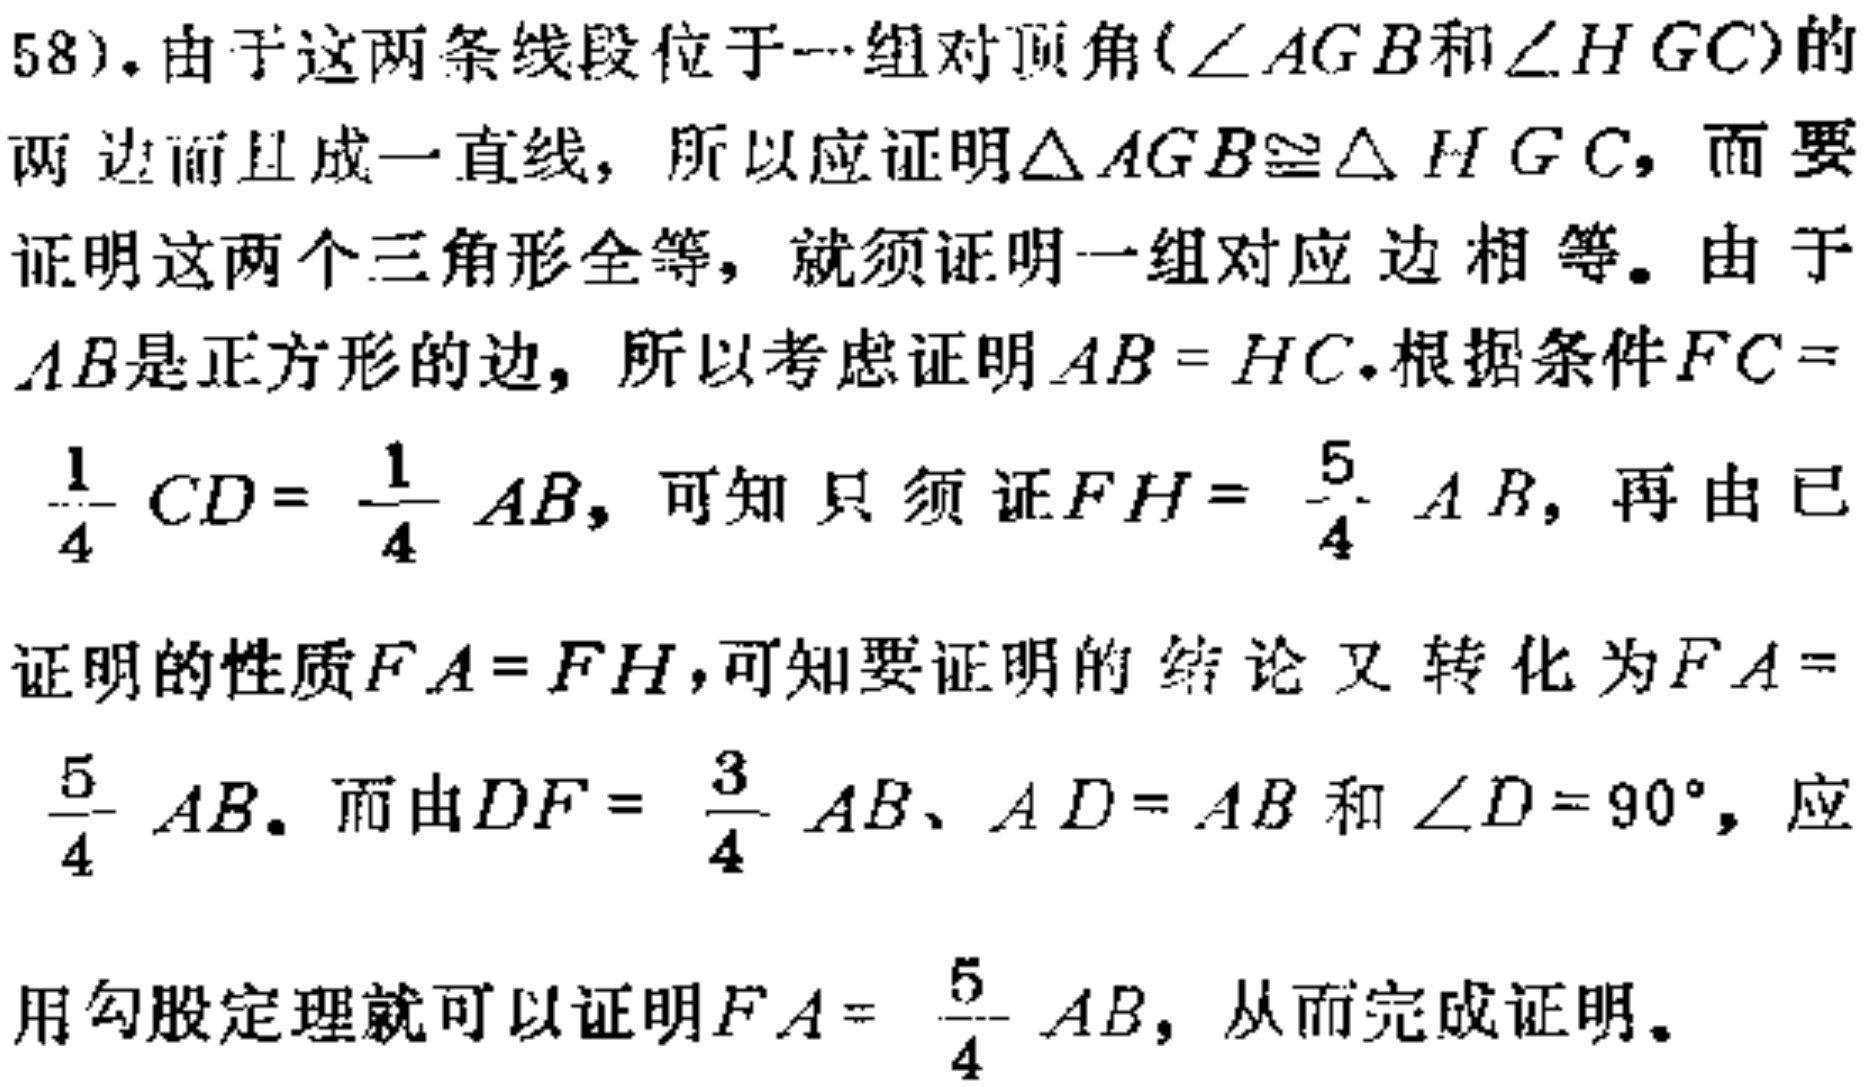
58). 由于这两条线段位于一组对顶角(\(\angle AGB\)和\(\angle HGC\))的两边而且成一直线，所以应证明\(\triangle AGB\cong\triangle HGC\)，而要证明这两个三角形全等，就须证明一组对应边相等。由于\(AB\)是正方形的边，所以考虑证明\(AB = HC\).根据条件\(FC = \frac{1}{4}CD=\frac{1}{4}AB\)，可知只须证\(FH = \frac{5}{4}AB\)，再由已证明的性质\(FA = FH\)，可知要证明的结论又转化为\(FA = \frac{5}{4}AB\)。而由\(DF=\frac{3}{4}AB\)、\(AD = AB\)和\(\angle D = 90^{\circ}\)，应用勾股定理就可以证明\(FA=\frac{5}{4}AB\)，从而完成证明。